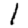
Digit: 1